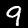
Label: 9